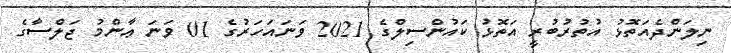
ނިލަންދެއަތޮޅު އުތުރުބުރީ އަތޮޅު ކައުންސިލްގެ 2021 ވަނައަހަރުގެ 01 ވަނަ ޢާންމު ޖަލްސާގެ